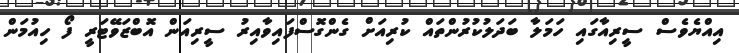
އިއްޔެވެސް ސީރިއާގައި ހަމަލާ ބަދަލުކުރުންތައް ކުރިއަށް ގެންގޮސްފައިވާއިރު ސީރިއަން އޮބްޒަވޭޓަރީ ފޯ ހިއުމަން